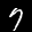
Label: 7